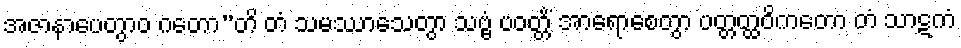
အဇာနာပေတွာဝ ဂတော”တိ တံ သမဿာသေတွာ သဗ္ဗံ ပဝတ္တိံ အာရောစေတွာ ပတ္တတ္ထဝိကတော တံ သာဋကံ